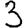
Digit: 3